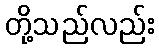
တို့သည်လည်း